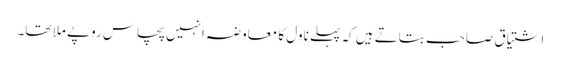
اشتیاق صاحب بتاتے ہیں کہ پہلے ناول کا معاوضہ انہیں پچاس روپے ملا تھا۔